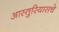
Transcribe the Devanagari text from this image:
आस्तुरियासचे